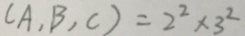
( A , B , C ) = 2 ^ { 2 } \times 3 ^ { 2 }